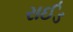
રાઈડ